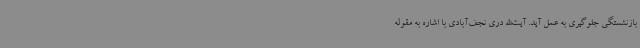
بازنشستگی جلوگیری به عمل آید. آیت‌الله دری نجف‌آبادی با اشاره به مقوله